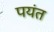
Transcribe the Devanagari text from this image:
पयंत